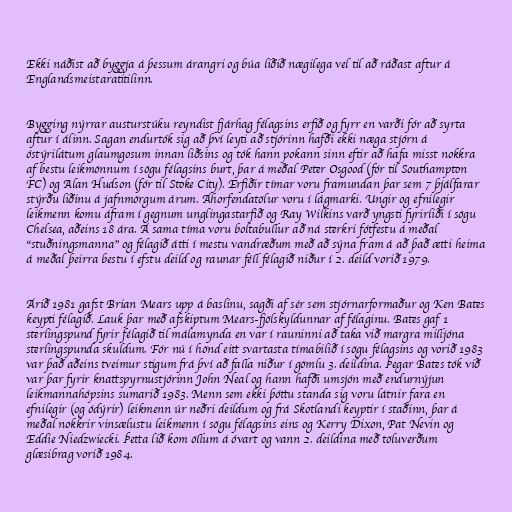
Ekki náðist að byggja á þessum árangri og búa liðið nægilega vel til að ráðast aftur á
Englandsmeistaratitilinn.

Bygging nýrrar austurstúku reyndist fjárhag félagsins erfið og fyrr en varði fór að syrta
aftur í álinn. Sagan endurtók sig að því leyti að stjórinn hafði ekki næga stjórn á
óstýrilátum glaumgosum innan liðsins og tók hann pokann sinn eftir að hafa misst nokkra
af bestu leikmönnum í sögu félagsins burt, þar á meðal Peter Osgood (fór til Southampton
FC) og Alan Hudson (fór til Stoke City). Erfiðir tímar voru framundan þar sem 7 þjálfarar
stýrðu liðinu á jafnmörgum árum. Áhorfendatölur voru í lágmarki. Ungir og efnilegir
leikmenn komu áfram í gegnum unglingastarfið og Ray Wilkins varð yngsti fyrirliði í sögu
Chelsea, aðeins 18 ára. Á sama tíma voru boltabullur að ná sterkri fótfestu á meðal
"stuðningsmanna" og félagið átti í mestu vandræðum með að sýna fram á að það ætti heima
á meðal þeirra bestu í efstu deild og raunar féll félagið niður í 2. deild vorið 1979.

Árið 1981 gafst Brian Mears upp á baslinu, sagði af sér sem stjórnarformaður og Ken Bates
keypti félagið. Lauk þar með afskiptum Mears-fjölskyldunnar af félaginu. Bates gaf 1
sterlingspund fyrir félagið til málamynda en var í rauninni að taka við margra milljóna
sterlingspunda skuldum. Fór nú í hönd eitt svartasta tímabilið í sögu félagsins og vorið 1983
var það aðeins tveimur stigum frá því að falla niður í gömlu 3. deildina. Þegar Bates tók við
var þar fyrir knattspyrnustjórinn John Neal og hann hafði umsjón með endurnýjun
leikmannahópsins sumarið 1983. Menn sem ekki þóttu standa sig voru látnir fara en
efnilegir (og ódýrir) leikmenn úr neðri deildum og frá Skotlandi keyptir í staðinn, þar á
meðal nokkrir vinsælustu leikmenn í sögu félagsins eins og Kerry Dixon, Pat Nevin og
Eddie Niedzwiecki. Þetta lið kom öllum á óvart og vann 2. deildina með töluverðum
glæsibrag vorið 1984.